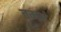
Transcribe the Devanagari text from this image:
तमहं